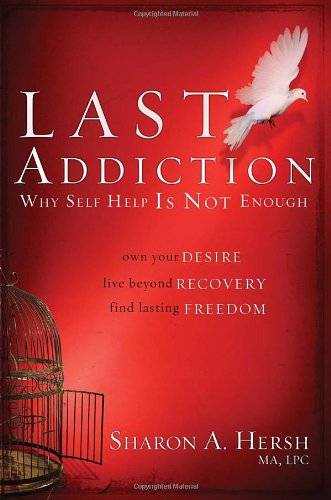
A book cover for The Last Addiction: Own Your Desire, Live Beyond Recovery, Find Lasting Freedom; Sharon Hersh; Christian Books & Bibles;